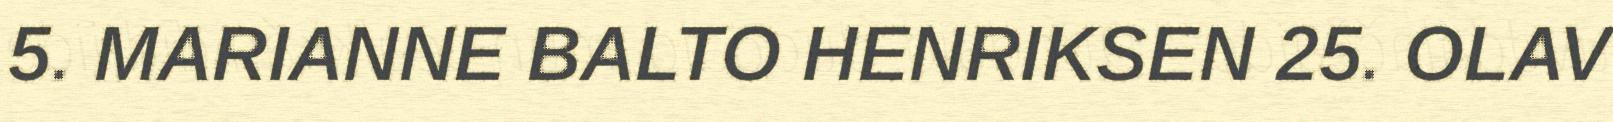
5. MARIANNE BALTO HENRIKSEN 25. OLAV